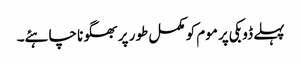
پہلے ڈوبکی پر موم کو مکمل طور پر بھگونا چاہئے۔